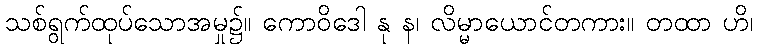
သစ်ရွက်ထုပ်သောအမှု၌။ ကောဝိဒေါ နု န၊ လိမ္မာယောင်တကား။ တထာ ဟိ၊